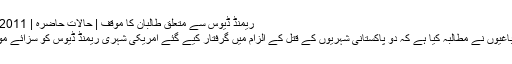
ریمنڈ ڈیوس سے متعلق طالبان کا موقف | حالات حاضرہ | DW | 14.02.2011
پاکستانی طالبان باغیوں نے مطالبہ کیا ہے کہ دو پاکستانی شہریوں کے قتل کے الزام میں گرفتار کیے گئے امریکی شہری ریمنڈ ڈیوس کو سزائے موت سنائی جائے۔